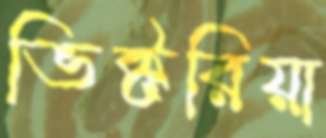
ভিক্টরিয়া